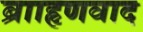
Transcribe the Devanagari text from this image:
ब्रााहृणवाद